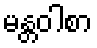
မန္တဝါစာ